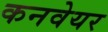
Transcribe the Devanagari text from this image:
कनवेयर